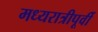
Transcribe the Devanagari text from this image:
मध्यरात्रीपूर्वी